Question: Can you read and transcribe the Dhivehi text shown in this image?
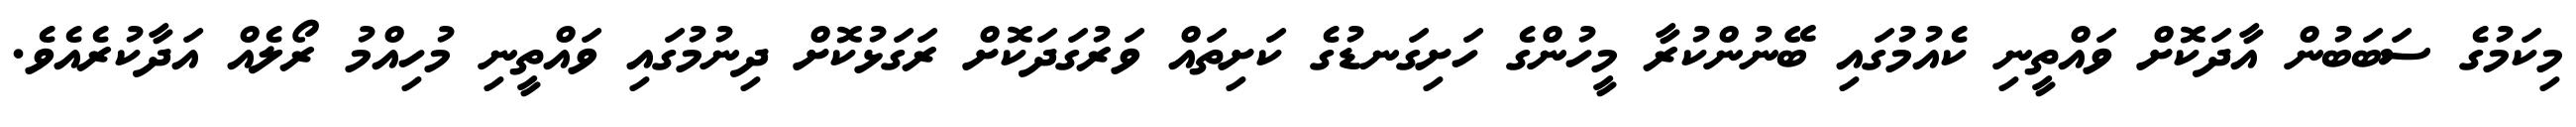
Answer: މިކަމުގެ ސަބަބުން އާދަކޮށް ވައްތީނި ކެއުމުގައި ބޭނުންކުރާ މީހުންގެ ހަށިގަނޑުގެ ކަށިތައް ވަރުގަދަކޮށް ރަގަޅުކޮށް ދިނުމުގައި ވައްތީނި މުހިއްމު ރޯލެއް އަދާކުރެއެވެ.